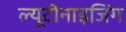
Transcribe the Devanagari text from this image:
ल्यूटीनाइजिंग